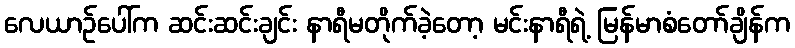
လေယာဉ်ပေါ်က ဆင်းဆင်းချင်း နာရီမတိုက်ခဲ့တော့ မင်းနာရီရဲ့ မြန်မာစံတော်ချိန်က